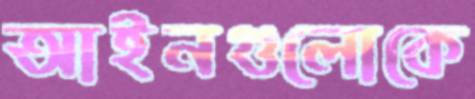
আইনগুলোকে